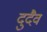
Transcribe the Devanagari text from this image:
दुदैव